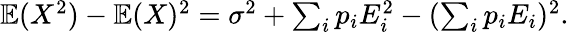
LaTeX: \begin{array}{r}{\mathbb{E}(X^{2})-\mathbb{E}(X)^{2}=\sigma^{2}+\sum_{i}p_{i}E_{i}^{2}-(\sum_{i}p_{i}E_{i})^{2}.}\end{array}